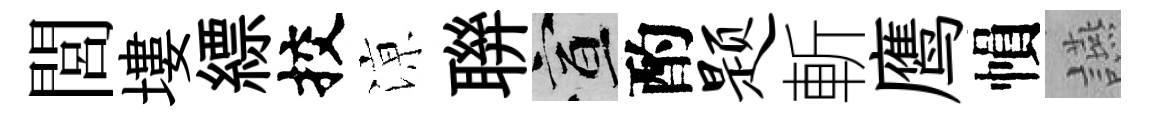
閭塿縹挍鿌聨宣酌题斬鹰𢄙讌